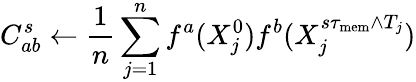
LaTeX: C_{ab}^{s}\gets\frac{1}{n}\sum_{j=1}^{n}f^{a}(X_{j}^{0})f^{b}(X_{j}^{s\tau_{\mathrm{mem}}\wedge T_{j}})